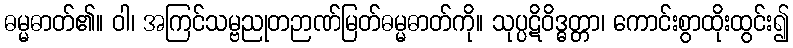
ဓမ္မဓာတ်၏။ ဝါ၊ အကြင်သမ္ဗညုတဉာဏ်မြတ်ဓမ္မဓာတ်ကို။ သုပ္ပဋိဝိဒ္ဓတ္တာ၊ ကောင်းစွာထိုးထွင်း၍